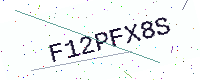
Text: F12PFX8S